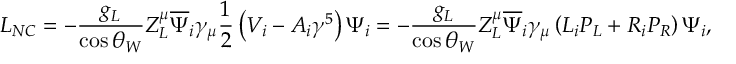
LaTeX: { \cal { L } } _ { N C } = - \frac { g _ { L } } { \cos \theta _ { W } } Z _ { L } ^ { \mu } \overline { { \Psi } } _ { i } \gamma _ { \mu } \frac 1 2 \left( V _ { i } - A _ { i } \gamma ^ { 5 } \right) \Psi _ { i } = - \frac { g _ { L } } { \cos \theta _ { W } } Z _ { L } ^ { \mu } \overline { { \Psi } } _ { i } \gamma _ { \mu } \left( L _ { i } P _ { L } + R _ { i } P _ { R } \right) \Psi _ { i } ,